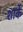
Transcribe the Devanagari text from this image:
शार्के